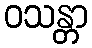
ဝသန္တာ